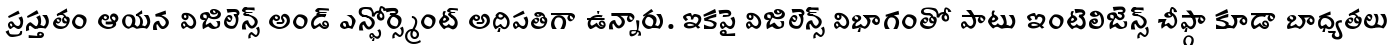
ప్రస్తుతం ఆయన విజిలెన్స్ అండ్ ఎన్ఫోర్స్మెంట్ అధిపతిగా ఉన్నారు. ఇకపై విజిలెన్స్ విభాగంతో పాటు ఇంటెలిజెన్స్ చీఫ్గా కూడా బాధ్యతలు